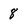
Character: 8